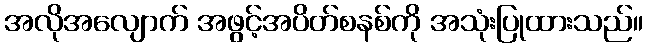
အလိုအလျောက် အဖွင့်အပိတ်စနစ်ကို အသုံးပြုထားသည်။